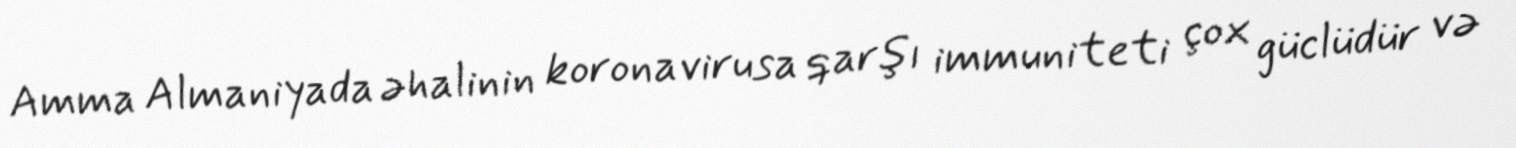
Amma Almaniyada əhalinin koronavirusa qarşı immuniteti çox güclüdür və